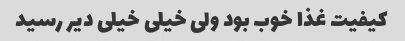
کیفیت غذا خوب بود ولی خیلی خیلی دیر رسید